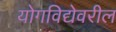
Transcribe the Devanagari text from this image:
योगविद्येवरील